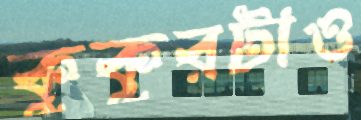
কুকুরটাও